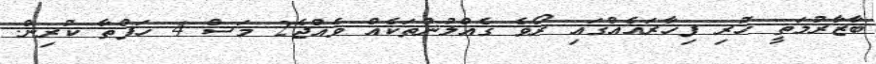
ބާޒާރުމަތީ ހުރި ފިހާރައެއްގައި ރޯވެ ގެއްލުންތަކެއް ވެއްޖެ2 މަސް 4 ހަފްތާ ކުރިން.